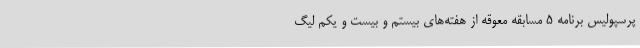
پرسپولیس برنامه 5 مسابقه معوقه از هفته‌های بیستم و بیست و یکم لیگ